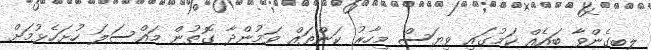
ލިބިގެންވާ ބައެއް ކަމުގައި ވިޔަސް މިހާރު ކަންތައް ވަމުންދާ ގޮތުން މައްސަލަ ހުށަހެޅުމަށް